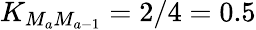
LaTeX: K_{M_{a}M_{a-1}}=2/4=0.5